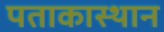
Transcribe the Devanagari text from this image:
पताकास्थान